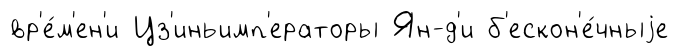
вр'е́м'ен'и Цз'иньимп'ераторы Ян-д'и б'ескон'е́чныjе